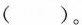
( )。